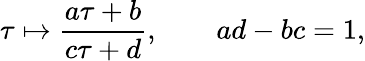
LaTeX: \tau\mapsto{\frac{a\tau+b}{c\tau+d}},\qquad ad-bc=1,